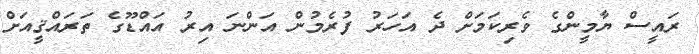
ރައީސް ޔާމީންގެ ވެރިކަމަށް ދެ އަހަރު ފުރެމުން އަންނަ އިރު އައްޑޫގެ ތަރައްޤީއަށް